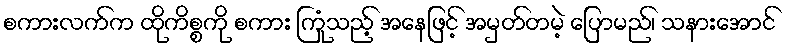
စကားလက်က ထိုကိစ္စကို စကား ကြုံသည့် အနေဖြင့် အမှတ်တမဲ့ ပြောမည်၊ သနားအောင်